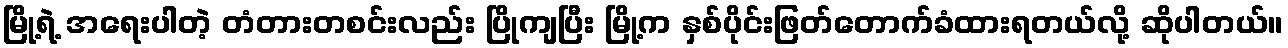
မြို့ရဲ့ အရေးပါတဲ့ တံတားတစင်းလည်း ပြိုကျပြီး မြို့က နှစ်ပိုင်းဖြတ်တောက်ခံထားရတယ်လို့ ဆိုပါတယ်။